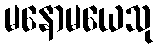
မနောမယေသု